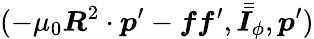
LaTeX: (-\mu_{0}\boldsymbol{R}^{2}\cdot\boldsymbol{p}^{\prime}-\boldsymbol{ff}^{\prime},\bar{\bar{\boldsymbol{I}}}_{\phi},\boldsymbol{p}^{\prime})